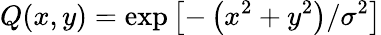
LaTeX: Q(x,y)=\exp\left[-\left(x^{2}+y^{2}\right)/\sigma^{2}\right]